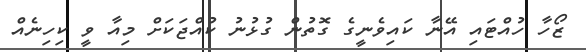
ޒޯހާ ހުއްޓައި އޭނާ ކައިވެނީގެ ގޮތުން ގުޅުނު ކުއްޖަކަށް މިއާ ވީ ކިހިނެއް